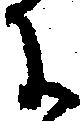
に